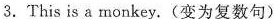
3.This is a monkey.(变为复数句)